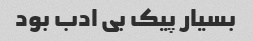
بسیار پیک بی ادب بود